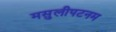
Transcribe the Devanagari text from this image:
मसुलीपटनम